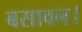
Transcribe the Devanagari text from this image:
बसावन।